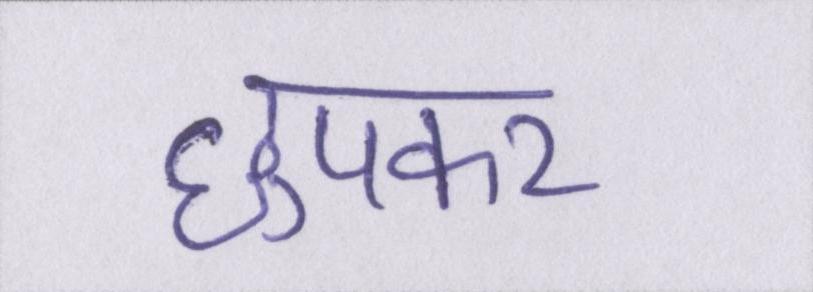
छुपकर